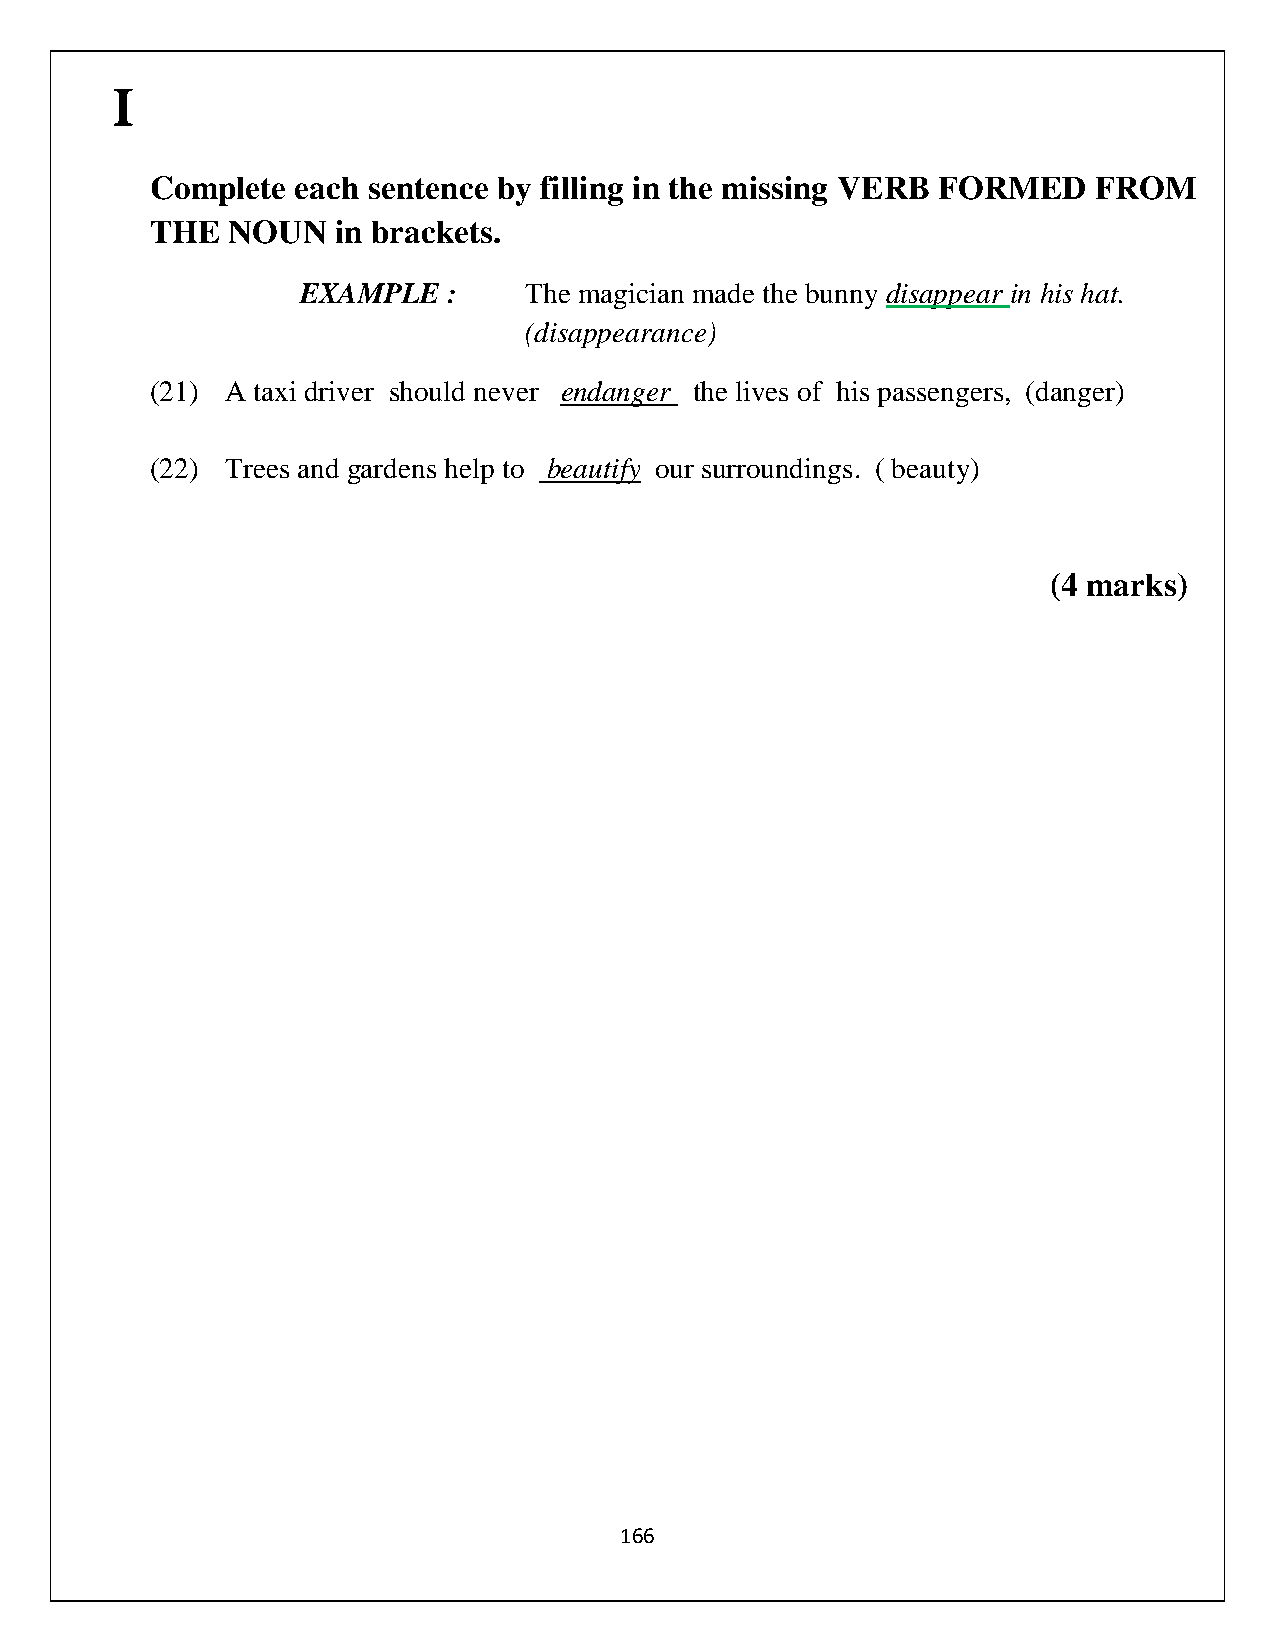
I
 Complete  each sentence by filling in the missing VERB FORMED FROM
 THE  NOUN   in brackets.
 EXAMPLE   :    The magician made the bunny disappear in his hat.
 (disappearance)
 (21) A taxi driver should never endanger the lives of his passengers, (danger)
 (22) Trees and gardens help to beautify our surroundings. ( beauty)
 (4 marks)
 166